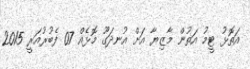
އަތޮޅު ޓީމު އަތުން މާޒިޔާ އަށް އުނދަގޫ މޮޅެއް 07 ފެބުރުއަރީ 2015